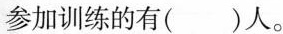
参加训练的有()人。